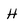
Character: H